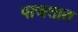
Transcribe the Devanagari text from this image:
पाजतात